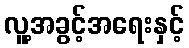
လူ့အခွင့်အရေးနှင့်